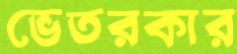
ভেতরকার